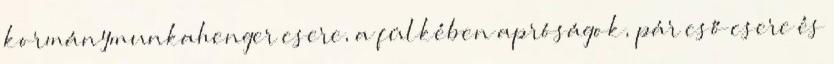
kormánymunkahenger csere, a fülkében apróságok, pár cső csere és